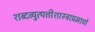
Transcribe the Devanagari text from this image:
शब्दव्युत्पत्तीशास्त्राप्रमाणे